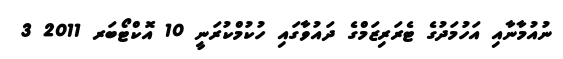
ނުއުމާނާއި އަހުމަދުގެ ޓެރަރިޒަމްގެ ދައުވާގައި ހުކުމްކުރަނީ 10 އޮކްޓޯބަރ 2011 3